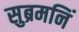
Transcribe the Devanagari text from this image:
सुब्रमनिं